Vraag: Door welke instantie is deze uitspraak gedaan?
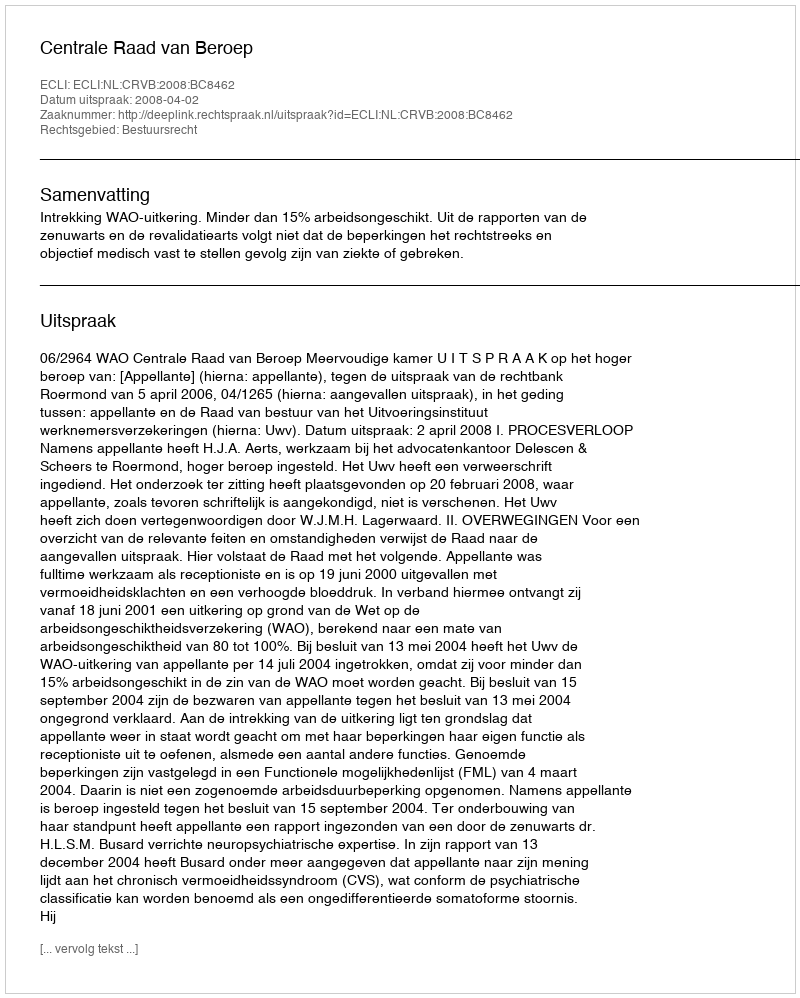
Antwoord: Centrale Raad van Beroep